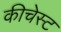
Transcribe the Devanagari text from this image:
कीचेस्ट